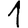
Digit: 1